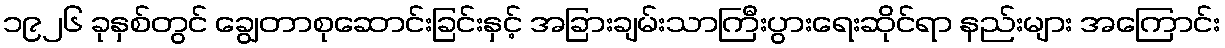
၁၉၂၆ ခုနှစ်တွင် ချွေတာစုဆောင်းခြင်းနှင့် အခြားချမ်းသာကြီးပွားရေးဆိုင်ရာ နည်းများ အကြောင်း